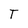
Character: T